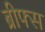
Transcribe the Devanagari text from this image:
ब्रीफ्स